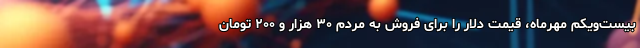
بیست‌ویکم مهرماه، قیمت دلار را برای فروش به مردم ۳۰ هزار و ۲۰۰ تومان